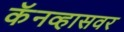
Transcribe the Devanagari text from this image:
कॅनव्हासवर